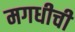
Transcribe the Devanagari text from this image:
मगधीची